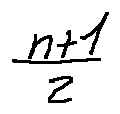
\frac { n + 1 } { 2 }